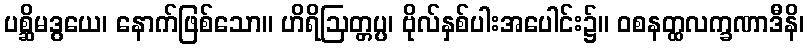
ပစ္ဆိမဒွယေ၊ နောက်ဖြစ်သော။ ဟိရိဩတ္တပ္ပ၊ ဗိုလ်နှစ်ပါးအပေါင်း၌။ ဝစနတ္ထလက္ခဏာဒီနိ၊